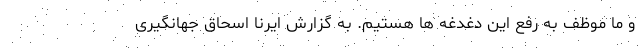
و ما موظف به رفع این دغدغه ها هستیم. به گزارش ایرنا اسحاق جهانگیری